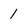
Character: 1